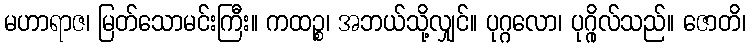
မဟာရာဇ၊ မြတ်သောမင်းကြီး။ ကထဉ္စ၊ အဘယ်သို့လျှင်။ ပုဂ္ဂလော၊ ပုဂ္ဂိုလ်သည်။ ဇောတိ၊